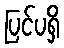
ပြင်ပရှိ